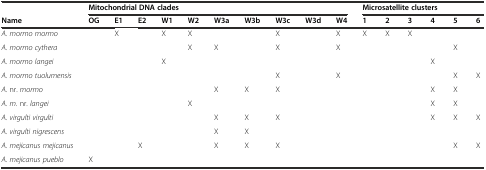
<table><thead><tr><td></td><td colspan="10"><b>Mitochondrial DNA clades</b></td><td colspan="6"><b>Microsatellite clusters</b></td></tr><tr><td><b>Name</b></td><td><b>OG</b></td><td><b>E1</b></td><td><b>E2</b></td><td><b>W1</b></td><td><b>W2</b></td><td><b>W3a</b></td><td><b>W3b</b></td><td><b>W3c</b></td><td><b>W3d</b></td><td><b>W4</b></td><td><b>1</b></td><td><b>2</b></td><td><b>3</b></td><td><b>4</b></td><td><b>5</b></td><td><b>6</b></td></tr></thead><tbody><tr><td><i>A. mormo mormo</i></td><td></td><td>X</td><td></td><td>X</td><td>X</td><td></td><td></td><td>X</td><td></td><td>X</td><td>X</td><td>X</td><td>X</td><td></td><td></td><td></td></tr><tr><td><i>A. mormo cythera</i></td><td></td><td></td><td></td><td></td><td>X</td><td>X</td><td></td><td>X</td><td></td><td>X</td><td></td><td></td><td></td><td></td><td>X</td><td></td></tr><tr><td><i>A. mormo langei</i></td><td></td><td></td><td></td><td>X</td><td></td><td></td><td></td><td></td><td></td><td></td><td></td><td></td><td></td><td>X</td><td></td><td></td></tr><tr><td><i>A. mormo tuolumensis</i></td><td></td><td></td><td></td><td></td><td></td><td></td><td></td><td>X</td><td></td><td>X</td><td></td><td></td><td></td><td></td><td>X</td><td>X</td></tr><tr><td><i>A</i>. nr. <i>mormo</i></td><td></td><td></td><td></td><td></td><td></td><td>X</td><td>X</td><td>X</td><td></td><td></td><td></td><td></td><td></td><td>X</td><td>X</td><td></td></tr><tr><td><i>A. m.</i> nr. <i>langei</i></td><td></td><td></td><td></td><td></td><td>X</td><td></td><td></td><td></td><td></td><td></td><td></td><td></td><td></td><td>X</td><td>X</td><td></td></tr><tr><td><i>A. virgulti virgulti</i></td><td></td><td></td><td></td><td></td><td></td><td>X</td><td>X</td><td>X</td><td></td><td></td><td></td><td></td><td></td><td>X</td><td>X</td><td>X</td></tr><tr><td><i>A. virgulti nigrescens</i></td><td></td><td></td><td></td><td></td><td></td><td>X</td><td>X</td><td></td><td></td><td></td><td></td><td></td><td></td><td></td><td></td><td></td></tr><tr><td><i>A. mejicanus mejicanus</i></td><td></td><td></td><td>X</td><td></td><td></td><td>X</td><td>X</td><td>X</td><td></td><td></td><td></td><td></td><td></td><td></td><td>X</td><td>X</td></tr><tr><td><i>A. mejicanus pueblo</i></td><td>X</td><td></td><td></td><td></td><td></td><td></td><td></td><td></td><td></td><td></td><td></td><td></td><td></td><td></td><td></td><td></td></tr></tbody></table>